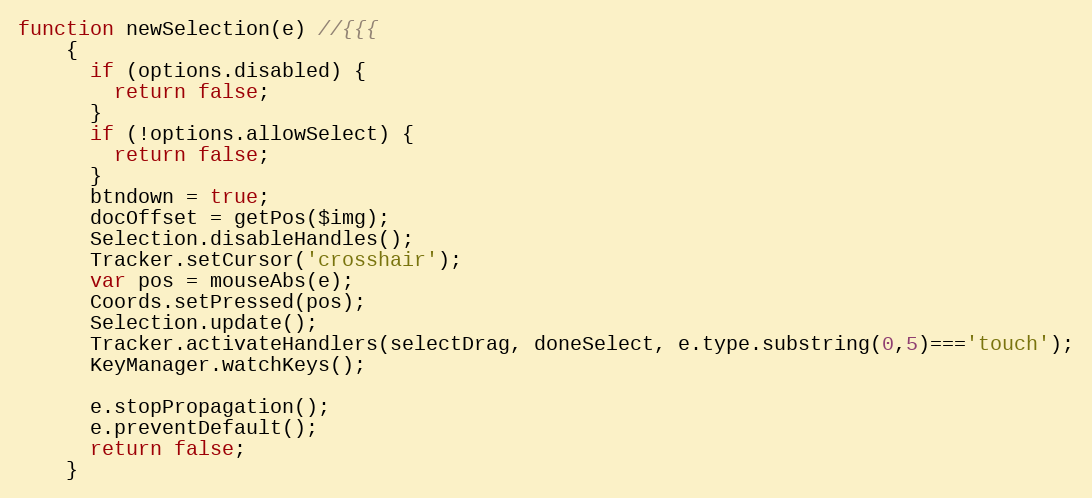
Language: JavaScript
function newSelection(e) //{{{
    {
      if (options.disabled) {
        return false;
      }
      if (!options.allowSelect) {
        return false;
      }
      btndown = true;
      docOffset = getPos($img);
      Selection.disableHandles();
      Tracker.setCursor('crosshair');
      var pos = mouseAbs(e);
      Coords.setPressed(pos);
      Selection.update();
      Tracker.activateHandlers(selectDrag, doneSelect, e.type.substring(0,5)==='touch');
      KeyManager.watchKeys();

      e.stopPropagation();
      e.preventDefault();
      return false;
    }